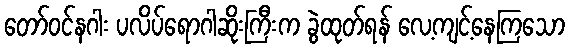
တော်ဝင်နဂါး ပလိပ်ရောဂါဆိုးကြီးက ခွဲထုတ်ရန် လေ့ကျင့်နေကြသော